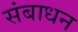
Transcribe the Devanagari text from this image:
संबाधन